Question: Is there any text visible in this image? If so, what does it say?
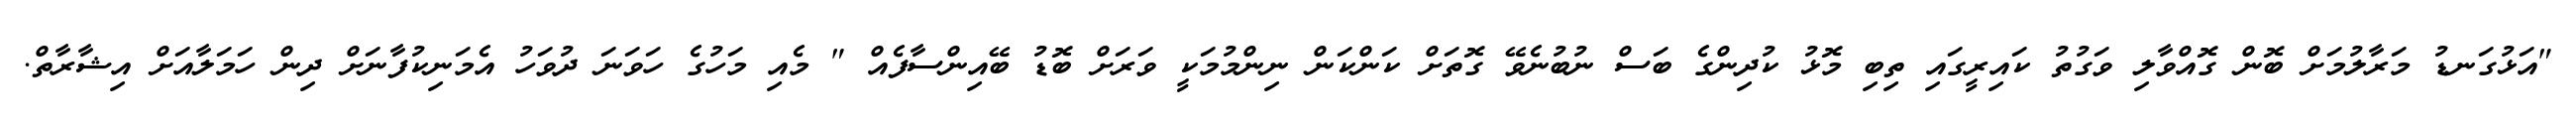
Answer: "އަޅުގަނޑު މަރާލުމަށް ބޮން ގޮއްވާލި ވަގުތު ކައިރީގައި ތިބި މޮޅު ކުދިންގެ ބަސް ނުބުނެވޭ ގޮތަށް ކަންކަން ނިންމުމަކީ ވަރަށް ބޮޑު ބޭއިންސާފެއް " މެއި މަހުގެ ހަވަނަ ދުވަހު އެމަނިކުފާނަށް ދިން ހަމަލާއަށް އިޝާރާތް.